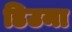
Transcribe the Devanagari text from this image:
डिउमा